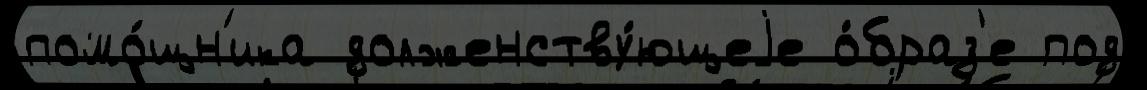
помо́щн'ика долженству́ющеjе о́браз'е под